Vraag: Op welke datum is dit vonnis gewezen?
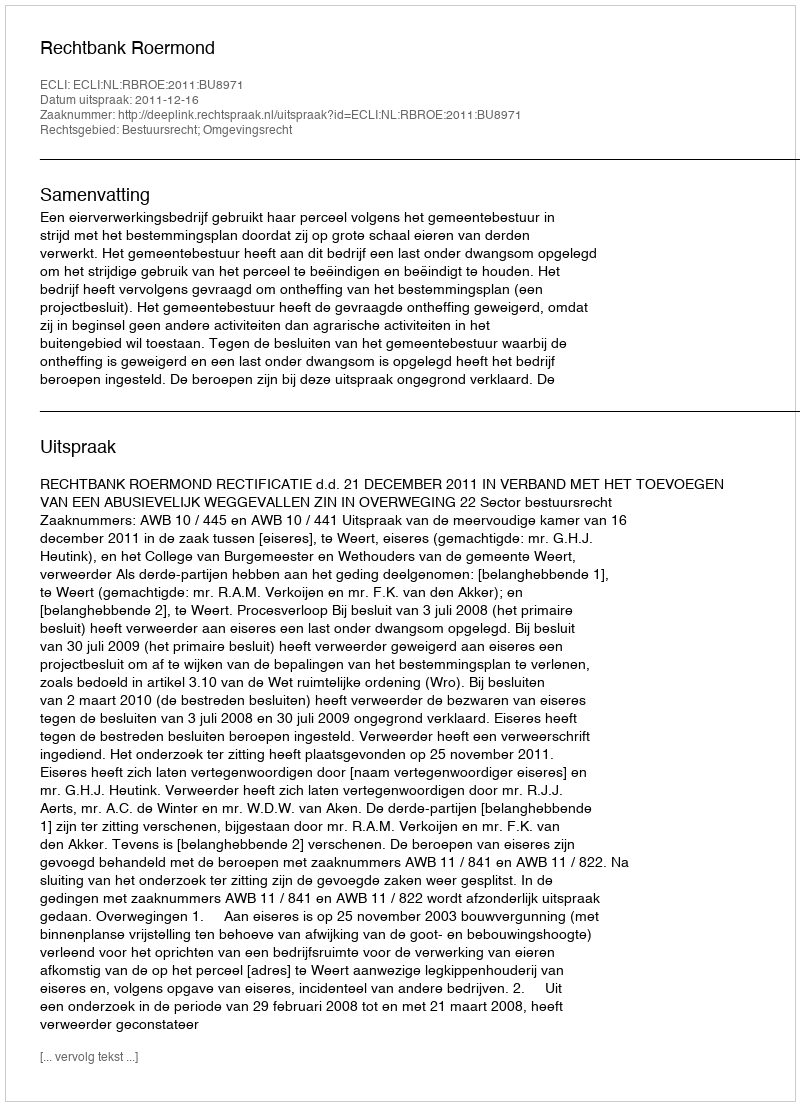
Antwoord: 2011-12-16